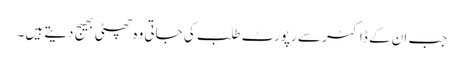
جب ان کے ڈاکٹر سے رپورٹ طلب کی جاتی وہ چھٹی بھیج دیتے ہیں۔